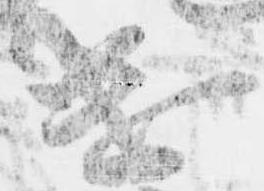
遣